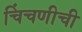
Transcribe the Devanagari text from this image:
चिंचणीची